Annual administration report of the Civil Veterinary Department of India - 1901-1902
Year: 1901
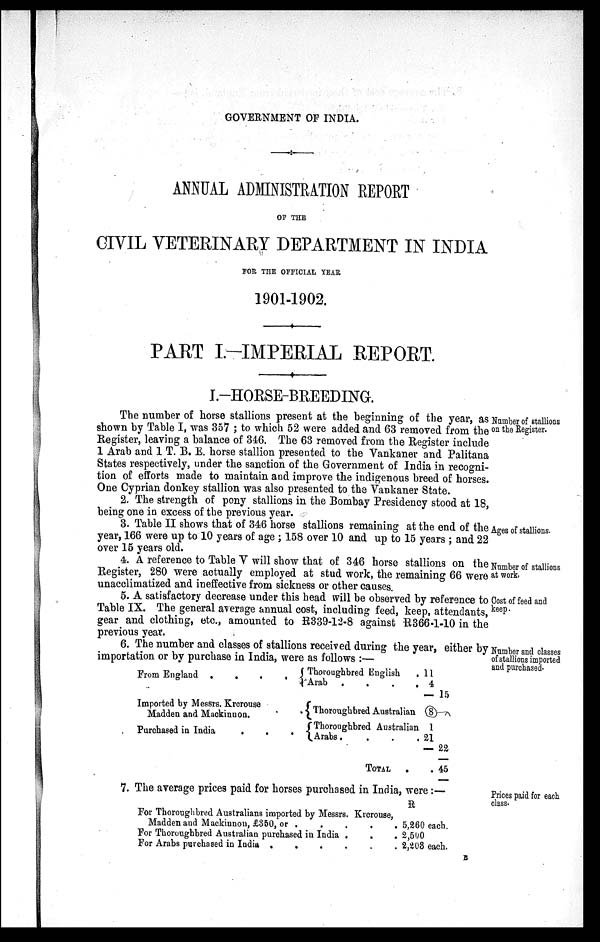
GOVERNMENT OF INDIA.
ANNUAL ADMINISTRATION
REPORT
OF THE
CIVIL VETERINARY DEPARTMENT IN
INDIA
FOR THE OFFICIAL YEAR
1901-1902.
PART
I.-IMPERIAL
REPORT.
I.-HORSE-BREEDING.
Number of stallions
on the Register.
The number of horse stallions present at the beginning of the year, as
shown by Table I, was 357 ; to which 52 were added and 63 removed from the
Register, leaving a balance of 346. The 63 removed from the Register include
1 Arab and 1 T. B. E. horse stallion presented to the Vankaner and Palitana
States respectively, under the sanction of the Government of India in recogni-
tion of efforts made to maintain and improve the indigenous breed of horses.
One Cyprian donkey stallion was also presented to the Vankaner State.
2. The strength of pony stallions in the Bombay Presidency stood at 18,
being one in excess of the previous year.
Ages of stallions.
3. Table II shows that of 346 horse stallions remaining at the end of the
year, 166 were up to 10 years of age ; 158 over 10 and up to 15 years ; and 22
over 15 years old.
Number of stallions
at work.
4. A reference to Table V will show that or 346 horse stallions on the
Register, 280 were actually employed at stud work, the remaining 66 were
unacclimatized and ineffective from sickness or other causes.
Cost of feed and
keep.
5. A satisfactory decrease under this head will be observed by reference to
Table IX. The general average annual cost, including feed, keep, attendants,
gear and clothing, etc., amounted to R339-12-8 against R366-1-10 in the
previous year.
6. The number and classes of stallions received during the year, either by
importation or by purchase in India, were as follows :—
Number and classes
of stallions imported
and purchased.
From England
.
.
.
.
Imported by Messrs. Krerouse
Madden and Mackinnon.
Purchased in India
.
.
.
Thoroughbred English .
Arab
.
.
.
.
Thoroughbred Australian
Thoroughbred Australian
Arabs.
.
.
.
TOTAL.
11
4
— 15
8
1
21
— 22
. 45
7. The average prices paid for horses purchased in India, were :—
Prices paid for each
class.
For Thoroughbred Australians imported by Messrs. Krerouse,
Madden and Mackinnon, £350, or .
.
.
.
For Thoroughbred Australian purchased in India . . .
For Arabs purchased in India
.
.
.
.
.
.
R
5,260 each.
2,500
2,203 each.